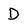
Character: D